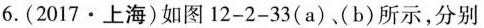
6.(2017\cdot 上海)如图12-2-33(a)、(b)所示，分别